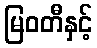
မြဝတီနှင့်